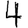
Digit: 4